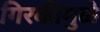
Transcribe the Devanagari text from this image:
गिरकीमुळे